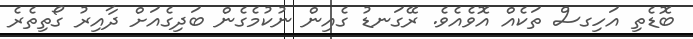
ބޮޑެތި އަހިގސް ތަކެއްް އޮވެއެވެ. ރޭގަނޑު ގެއިން ނުކުމެގެން ބަދިގެއަށް ދާއިރު ގޯތިތެރެ